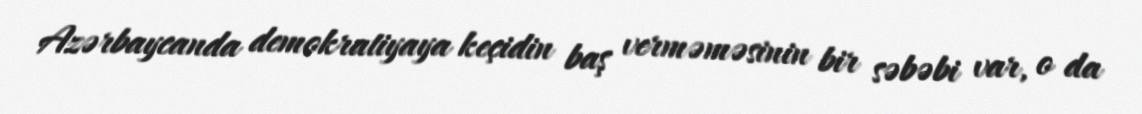
Azərbaycanda demokratiyaya keçidin baş verməməsinin bir səbəbi var, o da